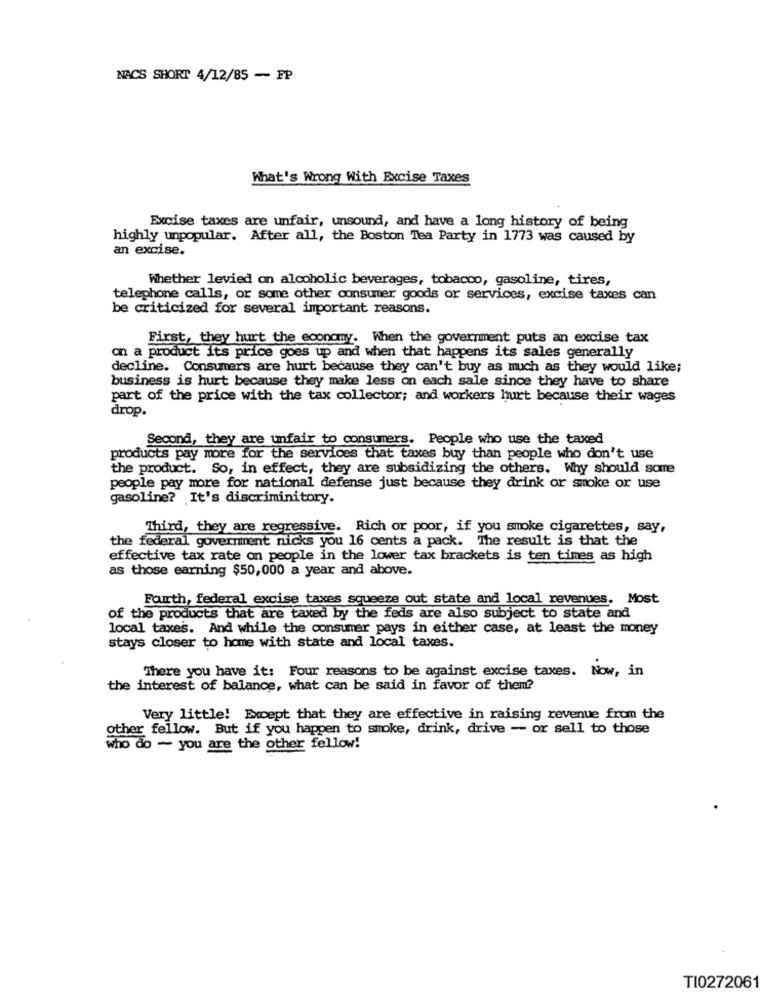
NACS SHORT 4/12/85 - FP
What's Wrong With Excise Taxes
Excise taxes are unfair, unsound, and have a long history of being
highly unpopular. After all, the Boston Tea Party in 1773 was caused by
an excise.
Whether levied on alcoholic beverages, tobacco, gasoline, tires,
telephone calls, or some other consumer goods or services, excise taxes can
be criticized for several important reasons.
First, they hurt the economy. When the government puts an excise tax
on a product its price goes up and when that happens its sales generally
decline. Consumers are hurt because they can't buy as much as they would like;
business is hurt because they make less on each sale since they have to share
part of the price with the tax collector; and workers hurt because their wages
drop.
Second, they are unfair to consumers. People who use the taxed
products pay more for the services that taxes buy than people who don't use
the product. So, in effect, they are subsidizing the others. Why should some
people pay more for national defense just because they drink or smoke or use
gasoline? It's discriminitory.
Third, they are regressive. Rich or poor, if you smoke cigarettes, say,
the federal government nicks you 16 cents a pack. The result is that the
effective tax rate on people in the lower tax brackets is ten times as high
as those earning $50,000 a year and above.
Fourth, federal excise taxes squeeze out state and local revenues. Most
of the products that are taxed by the feds are also subject to state and
local taxes. And while the consumer pays in either case, at least the money
stays closer to home with state and local taxes.
There you have it: Four reasons to be against excise taxes. Now, in
the interest of balance, what can be said in favor of them?
Very little! Except that they are effective in raising revenue from the
other fellow. But if you happen to smoke, drink, drive - or sell to those
who do - you are the other fellow!
TI0272061